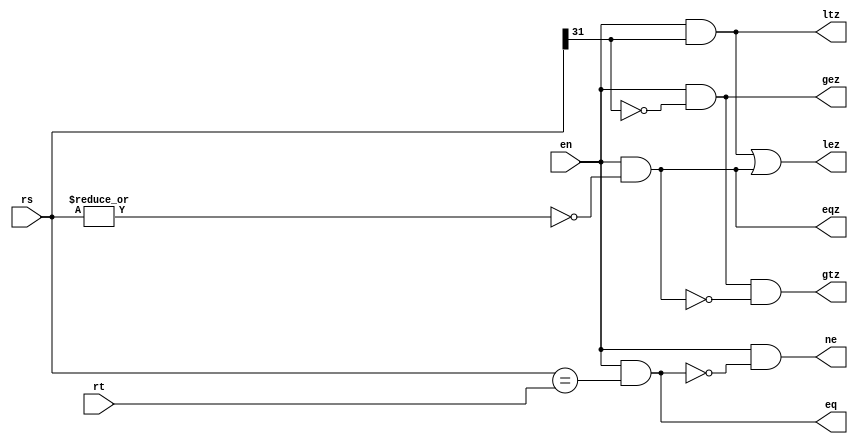

module branchresolve ( en, rs, rt, eq, ne, ltz, lez, gtz, gez, eqz);
parameter WIDTH=32; //Deepak : Change from parameter to define
input en;
input [WIDTH-1:0] rs;
input [WIDTH-1:0] rt;
output eq;
output ne;
output ltz;
output lez;
output gtz;
output gez;
output eqz;

assign eq=(en)&(rs==rt);
assign ne=(en)&~eq;
assign eqz=(en)&~(|rs);
assign ltz=(en)&rs[WIDTH-1];
assign lez=(en)&rs[WIDTH-1] | eqz;
assign gtz=(en)&(~rs[WIDTH-1]) & ~eqz;
assign gez=(en)&(~rs[WIDTH-1]);

endmodule